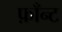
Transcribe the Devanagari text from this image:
फ़ाँन्ट